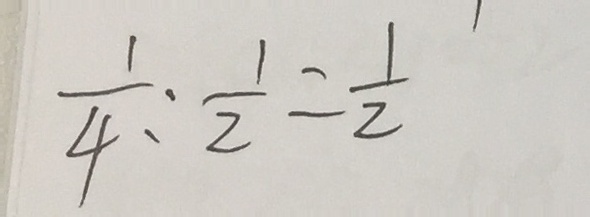
\frac { 1 } { 4 } : \frac { 1 } { 2 } = \frac { 1 } { 2 }